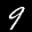
Label: 9